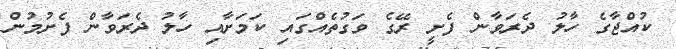
ކުއްޖާގެ ހާލު ދެރަވާން ފެށީ ރޭގެ ވަގުތެއްގައި ކަމަށާއި ހާލު ދެރަވާން ފެށުމުން